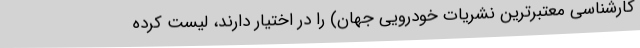
کارشناسی معتبرترین نشریات خودرویی جهان) را در اختیار دارند، لیست کرده